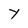
Character: Y